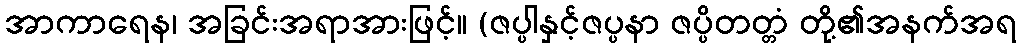
အာကာရေန၊ အခြင်းအရာအားဖြင့်။ (ဇပ္ပါနှင့်ဇပ္ပနာ ဇပ္ပိတတ္တံ တို့၏အနက်အရ